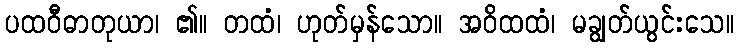
ပထဝီဓာတုယာ၊ ၏။ တထံ၊ ဟုတ်မှန်သော။ အဝိထထံ၊ မချွတ်ယွင်းသေ။